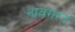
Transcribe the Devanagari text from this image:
नावगरद